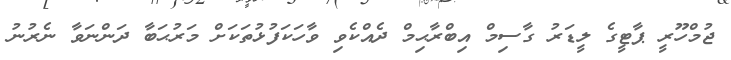
ޖުމްހޫރީ ޕާޓީގެ ލީޑަރު ގާސިމް އިބްރާޙިމް ދެއްކެވި ވާހަކަފުޅުތަކަށް މަރުޙަބާ ދަންނަވާ ނެރުނު